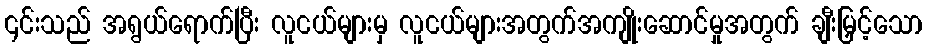
၎င်းသည် အရွယ်ရောက်ပြီး လူငယ်များမှ လူငယ်များအတွက်အကျိုးဆောင်မှုအတွက် ချီးမြှင့်သော